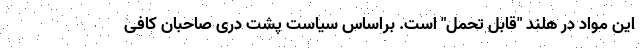
این مواد در هلند "قابل تحمل" است. براساس سیاست پشت دری صاحبان کافی